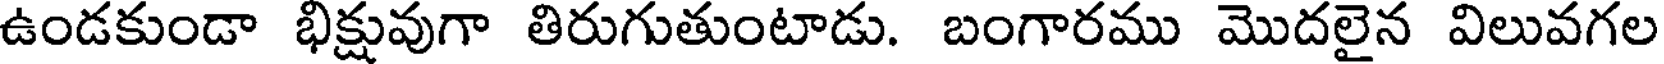
ఉండకుండా భిక్షువుగా తిరుగుతుంటాడు. బంగారము మొదలైన విలువగల